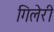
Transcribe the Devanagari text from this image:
गिलेरी